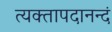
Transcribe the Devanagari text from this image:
त्यक्तापदानन्दं